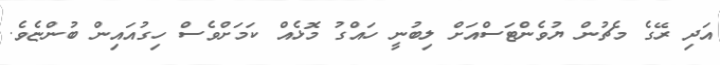
އަދި ރޭގެ މެޗުން ޔުވެންޓަސްއަށް ލިބުނީ ހައްގު މޮޅެއް ކަމަށްވެސް ހިގުއައިން ބުންޏެވެ.